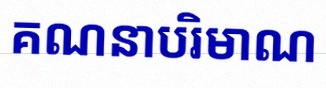
គណនាបរិមាណ